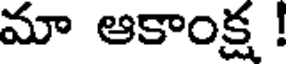
మా ఆకాంక్ష !